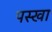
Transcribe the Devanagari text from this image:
पस्खा